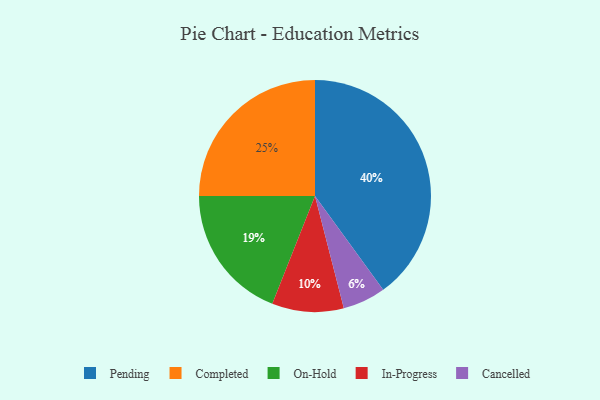
{"axis": {"x": "Category", "y": "Percentage"}, "legend": ["Cancelled", "Completed", "In-Progress", "On-Hold", "Pending"], "data": [{"x": "Cancelled", "y": 6, "type": "Cancelled"}, {"x": "Pending", "y": 40, "type": "Pending"}, {"x": "On-Hold", "y": 19, "type": "On-Hold"}, {"x": "Completed", "y": 25, "type": "Completed"}, {"x": "In-Progress", "y": 10, "type": "In-Progress"}]}